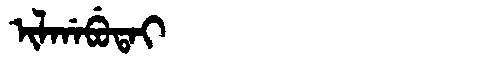
Manchu: ᡳᠯᡤᠠᠪᡠᡨᠠᡳ
Romanization: ILGABUTAI